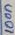
Text: 100n